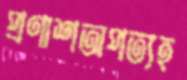
প্রণাশঅপত্যহ